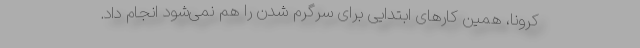
کرونا، همین کارهای ابتدایی برای سرگرم شدن را هم نمی‌شود انجام داد.